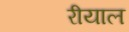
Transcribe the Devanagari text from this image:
रीयाल